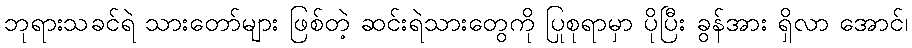
ဘုရားသခင်ရဲ သားတော်များ ဖြစ်တဲ့ ဆင်းရဲသားတွေကို ပြုစုရာမှာ ပိုပြီး ခွန်အား ရှိလာ အောင်၊